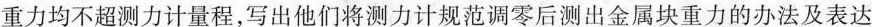
重力均不超测力计量程，写出他们将测力计规范调零后测出金属块重力的办法及表达